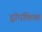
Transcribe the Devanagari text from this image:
ड्रॉपकिक